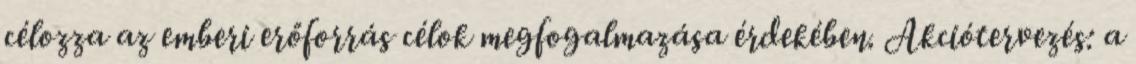
célozza az emberi erőforrás célok megfogalmazása érdekében. Akciótervezés: a